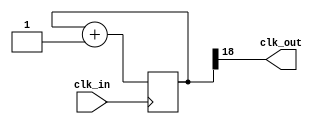
`timescale 1ns / 1ps

module clk_div
#(
        parameter divide_by = 19)
        (
        input clk_in,
        output clk_out);
        
        
        reg[divide_by -1 :0] count = 0;
        
        always@(posedge clk_in)
        begin
            count = count +1;
        end
        assign clk_out = count[divide_by-1];
        
         
        
endmodule